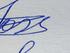
Signature authenticity: genuine